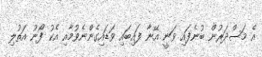
އެ މަސްދަރުން ބުނެފައި ވަނީ އޭނާ ފައިބައި ވަޑައިގެންނެވުމާއި އެކު ފޯނު އަތުލި